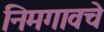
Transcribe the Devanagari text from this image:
निमगावचे